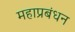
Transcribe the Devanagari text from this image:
महाप्रबंधन